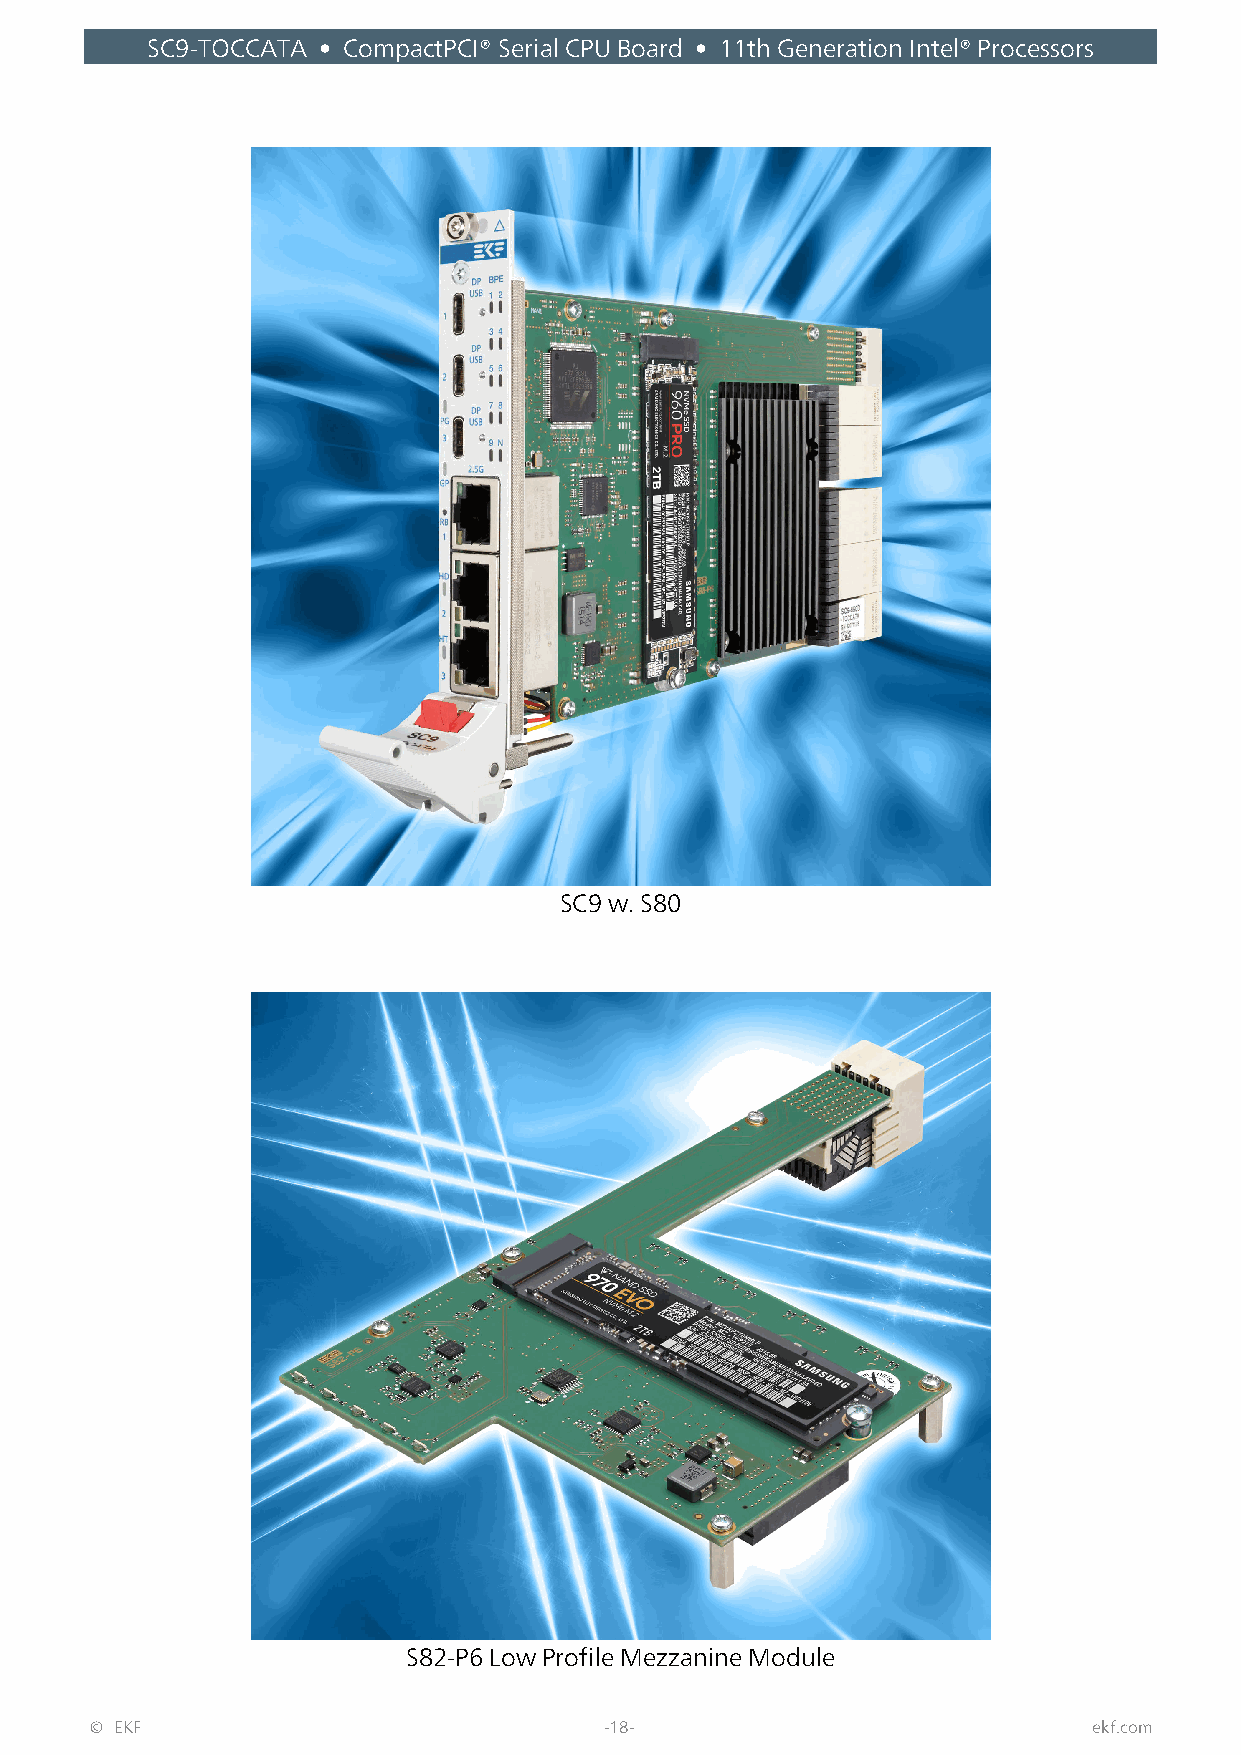
SC9-TOCCATA • CompactPCI® Serial CPU Board • 11th Generation Intel® Processors
 SC9 w. S80
 S82-P6 Low Profile Mezzanine Module
 © EKF                             -18-                            ekf.com